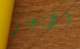
الإيجار